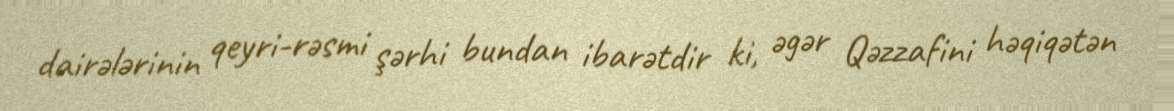
dairələrinin qeyri-rəsmi şərhi bundan ibarətdir ki, əgər Qəzzafini həqiqətən